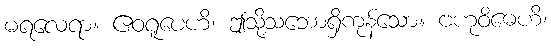
မရလေရာ။ ဧဝရူပေဟိ၊ ဤသို့သဘောရှိကုန်သော။ ဗဟုဝိဓေဟိ၊